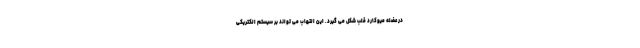
در عضله میوکارد قلب شکل می گیرد. این التهاب می تواند بر سیستم الکتریکی